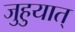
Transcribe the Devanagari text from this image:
जुहुयात्‌